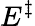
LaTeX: E^{\ddagger}